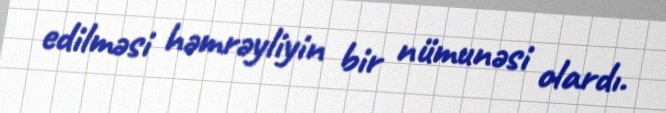
edilməsi həmrəyliyin bir nümunəsi olardı.